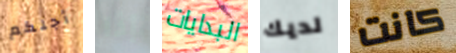
أجلكم إذا البدايات لديك كانت